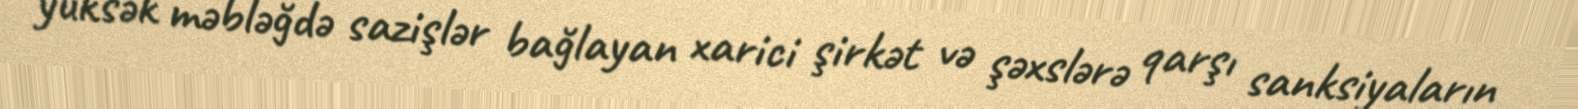
yüksək məbləğdə sazişlər bağlayan xarici şirkət və şəxslərə qarşı sanksiyaların